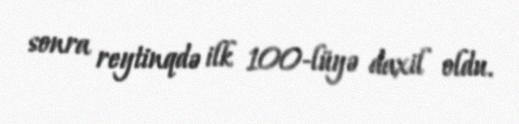
sonra reytinqdə ilk 100-lüyə daxil oldu.